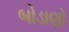
બોડાણો